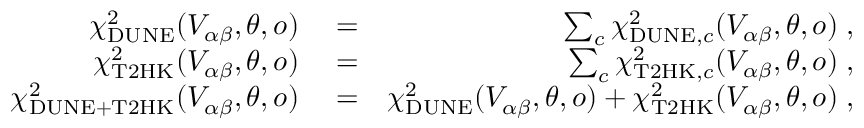
\begin{array} { r l r } { \chi _ { \mathrm { D U N E } } ^ { 2 } ( V _ { \alpha \beta } , \boldsymbol { \theta } , o ) } & { { } = } & { \sum _ { c } \chi _ { \mathrm { D U N E } , c } ^ { 2 } ( V _ { \alpha \beta } , \boldsymbol { \theta } , o ) \; , } \\ { \chi _ { \mathrm { T 2 H K } } ^ { 2 } ( V _ { \alpha \beta } , \boldsymbol { \theta } , o ) } & { { } = } & { \sum _ { c } \chi _ { \mathrm { T 2 H K } , c } ^ { 2 } ( V _ { \alpha \beta } , \boldsymbol { \theta } , o ) \; , } \\ { \chi _ { \mathrm { D U N E } + \mathrm { T 2 H K } } ^ { 2 } ( V _ { \alpha \beta } , \boldsymbol { \theta } , o ) } & { { } = } & { \chi _ { \mathrm { D U N E } } ^ { 2 } ( V _ { \alpha \beta } , \boldsymbol { \theta } , o ) + \chi _ { \mathrm { T 2 H K } } ^ { 2 } ( V _ { \alpha \beta } , \boldsymbol { \theta } , o ) \; , } \end{array}